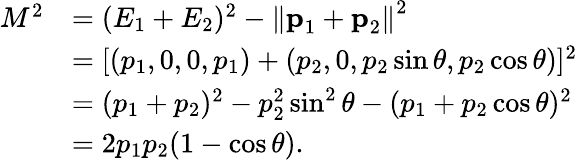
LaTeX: {\begin{array}{rl}{M^{2}}&{=(E_{1}+E_{2})^{2}-\left\| {\textbf{p}}_{1}+{\textbf{p}}_{2}\right\| ^{2}}\\ &{=[(p_{1},0,0,p_{1})+(p_{2},0,p_{2}\sin\theta,p_{2}\cos\theta)]^{2}}\\ &{=(p_{1}+p_{2})^{2}-p_{2}^{2}\sin^{2}\theta-(p_{1}+p_{2}\cos\theta)^{2}}\\ &{=2p_{1}p_{2}(1-\cos\theta).}\end{array}}